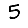
Digit: 5